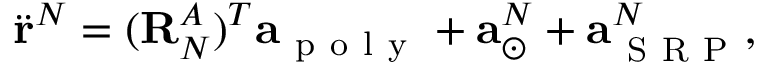
\ddot { \mathbf { r } } ^ { N } = ( \mathbf { R } _ { N } ^ { A } ) ^ { T } \mathbf { a } _ { \mathrm { ~ p ~ o ~ l ~ y ~ } } + \mathbf { a } _ { \odot } ^ { N } + \mathbf { a } _ { \mathrm { ~ S ~ R ~ P ~ } } ^ { N } ,